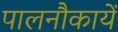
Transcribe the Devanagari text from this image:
पालनौकायें